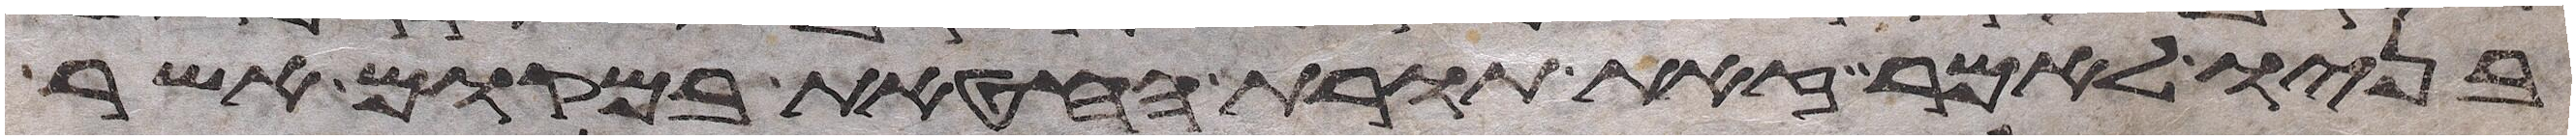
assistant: בניו לאמר זאת תורת החטאת במקום אשר